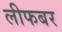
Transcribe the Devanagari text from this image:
लीफबर